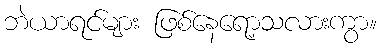
ဘဲယာရင်များ ဖြစ်နေရော့သလားကွာ။